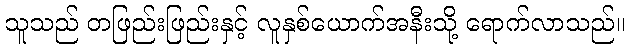
သူသည် တဖြည်းဖြည်းနှင့် လူနှစ်ယောက်အနီးသို့ ရောက်လာသည်။